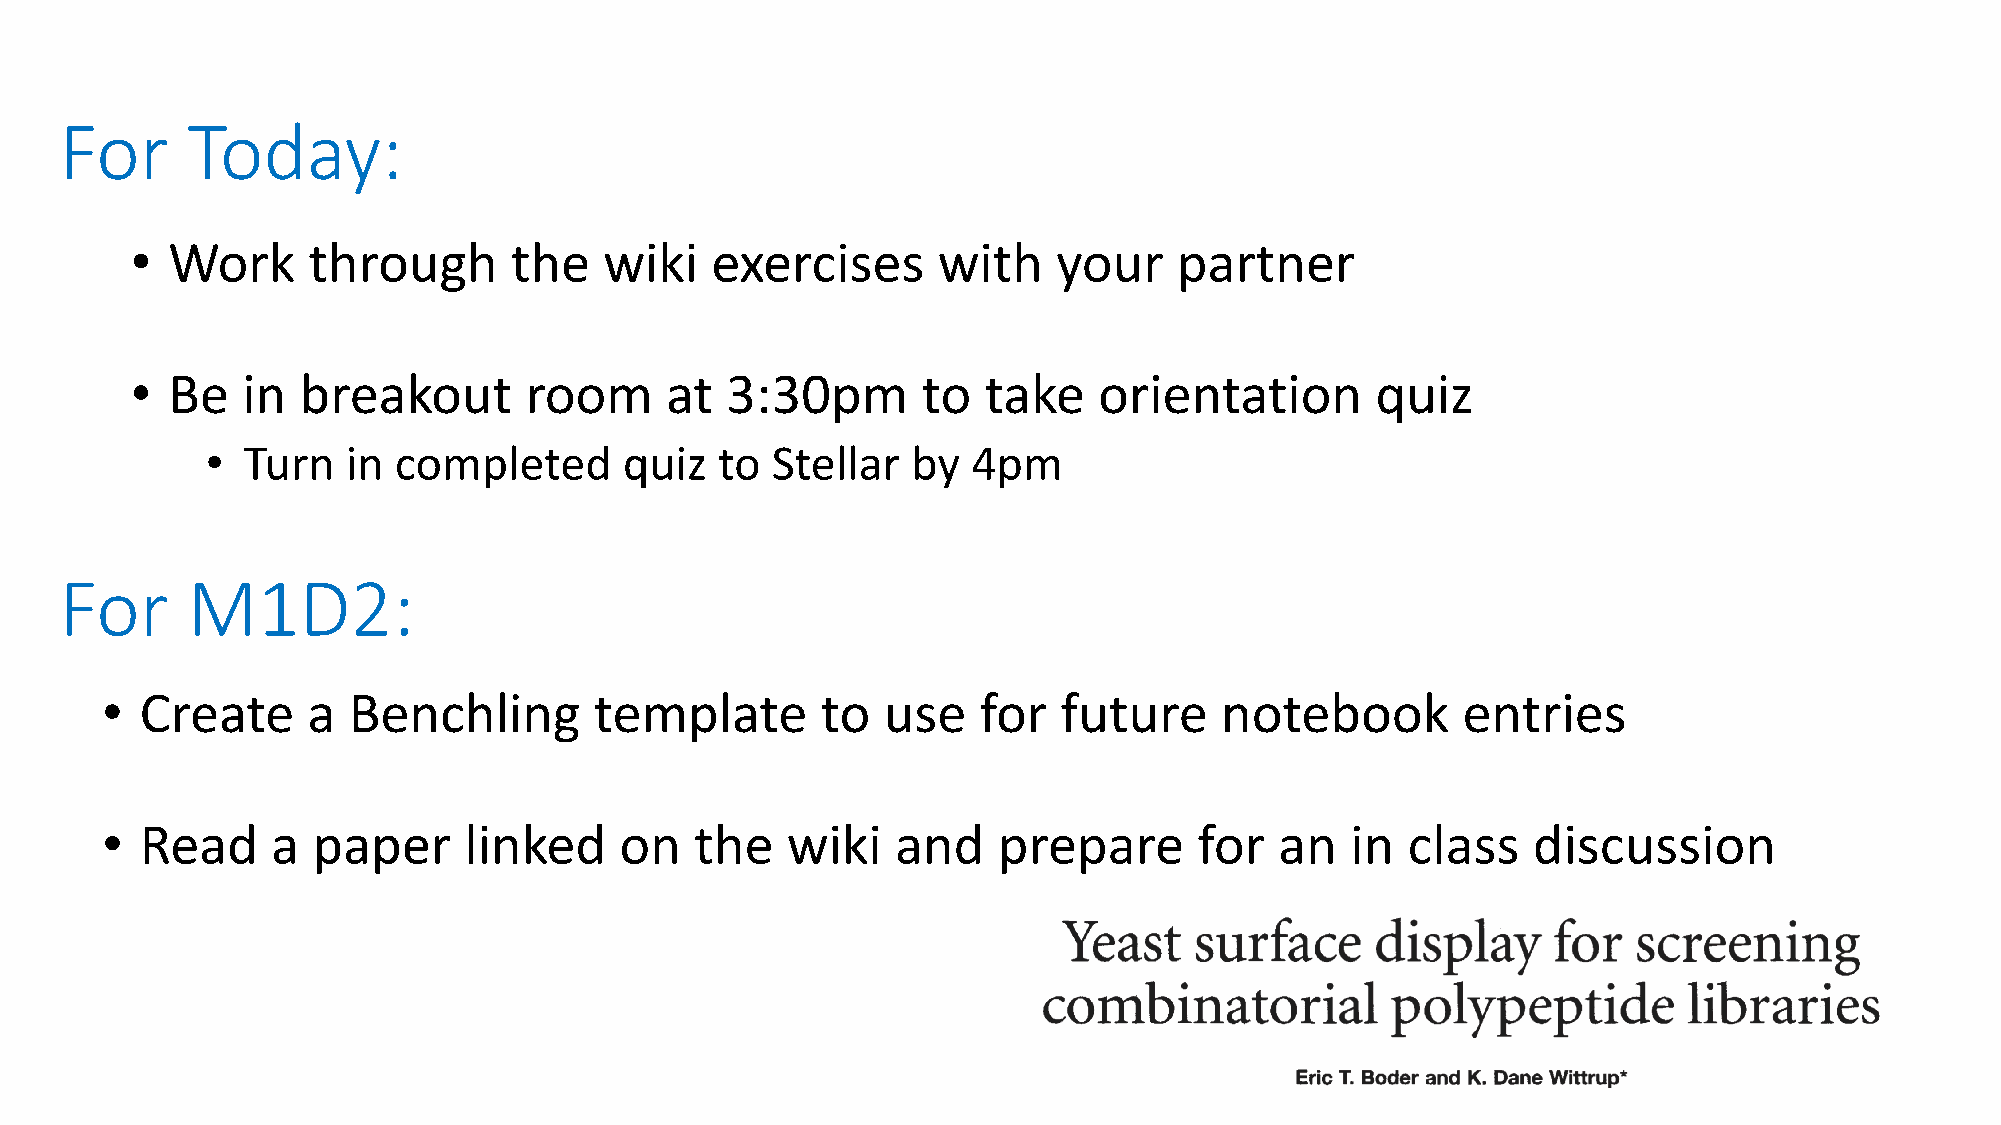
For     Today:
 • Work     through       the   wiki   exercises      with    your    partner
 • Be   in  breakout       room     at  3:30pm       to  take    orientation       quiz
 • Turn   in completed      quiz   to Stellar  by  4pm
 For     M1D2:
 • Create     a  Benchling       template       to  use    for  future     notebook        entries
 • Read     a  paper     linked    on   the   wiki   and    prepare      for   an  in  class   discussion